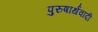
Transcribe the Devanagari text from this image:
पुरुषार्थवादी